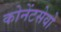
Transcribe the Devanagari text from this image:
कोनेंटसेवो